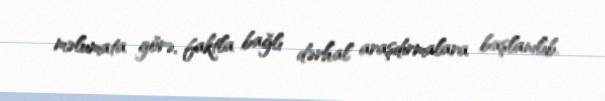
məlumata görə, faktla bağlı dərhal araşdırmalara başlanılıb.